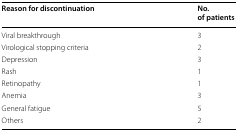
<table><thead><tr><td><b>Reason for discontinuation</b></td><td><b>No. of patients</b></td></tr></thead><tbody><tr><td>Viral breakthrough</td><td>3</td></tr><tr><td>Virological stopping criteria</td><td>2</td></tr><tr><td>Depression</td><td>3</td></tr><tr><td>Rash</td><td>1</td></tr><tr><td>Retinopathy</td><td>1</td></tr><tr><td>Anemia</td><td>3</td></tr><tr><td>General fatigue</td><td>5</td></tr><tr><td>Others</td><td>2</td></tr></tbody></table>